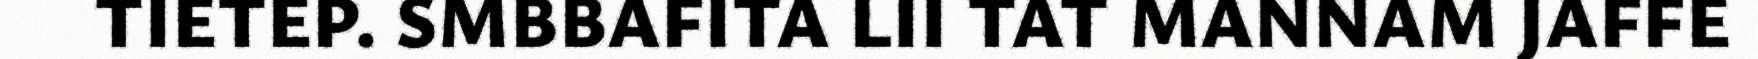
TIETEP. SMBBAFITA LII TAT MANNAM JAFFE